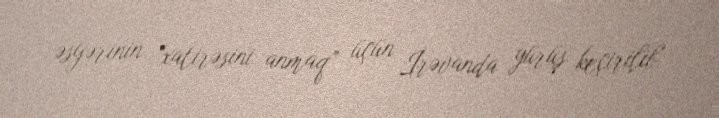
əsgərinin “xatirəsini anmaq” üçün İrəvanda yürüş keçirilib.